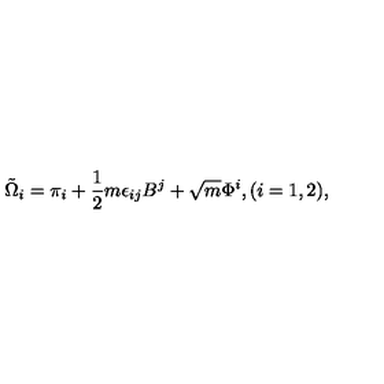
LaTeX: \tilde { \Omega } _ { i } = \pi _ { i } + \frac { 1 } { 2 } m \epsilon _ { i j } B ^ { j } + \sqrt { m } \Phi ^ { i } , { } ( i = 1 , 2 ) ,